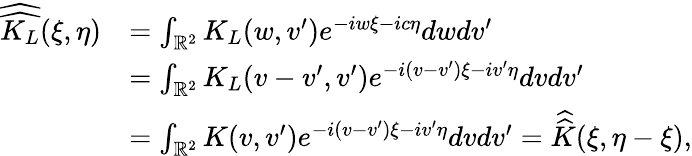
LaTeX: \begin{array}{rl}{\widehat{\widehat{K_{L}}}(\xi,\eta)}&{=\int_{\mathbb R^{2}}K_{L}(w,v^{\prime})e^{-iw\xi-ic\eta}dwdv^{\prime}}\\ &{=\int_{\mathbb R^{2}}K_{L}(v-v^{\prime},v^{\prime})e^{-i(v-v^{\prime})\xi-iv^{\prime}\eta}dvdv^{\prime}}\\ &{=\int_{\mathbb R^{2}}K(v,v^{\prime})e^{-i(v-v^{\prime})\xi-iv^{\prime}\eta}dvdv^{\prime}=\widehat{\widehat{K}}(\xi,\eta-\xi),}\end{array}